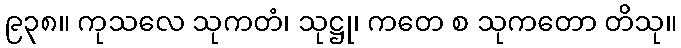
၉၃၈။ ကုသလေ သုကတံ၊ သုဋ္ဌု၊ ကတေ စ သုကတော တိသု။